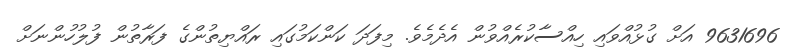
9631696 އަށް ގުޅުއްވައި ހިއްސާކުރެއްވުން އެދެމެވެ. މިފަދަ ކަންކަމުގައި ރައްޔިތުންގެ ފަރާތުން ފުލުހުންނަށް